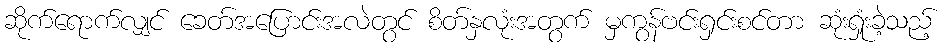
ဆိုက်ရောက်လျှင် ခေတ်အပြောင်းအလဲတွင် စိတ်နှလုံးအတွက် မှကွန်ဗင်းရှင်းစင်တာ ဆုံးရှုံးခဲ့သည့်